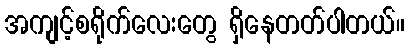
အကျင့်စရိုက်လေးတွေ ရှိနေတတ်ပါတယ်။